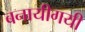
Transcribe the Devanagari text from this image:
बनायीगयी